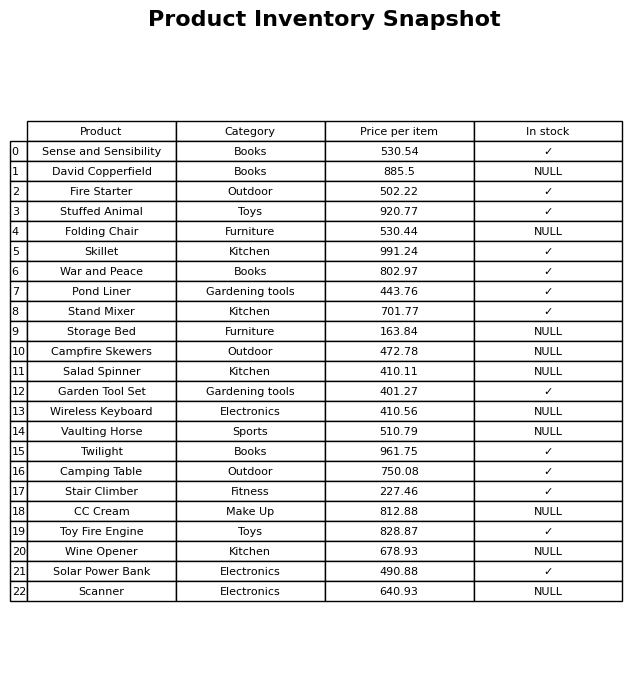
question: What is the price for Twilight?
answer: The price of Twilight is 961.75.